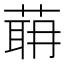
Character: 𦶈